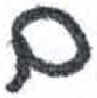
אות: ם